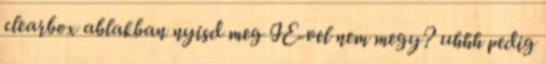
clearbox ablakban nyisd meg IE-vel nem megy? uhhh pedig